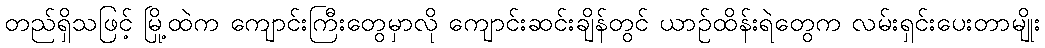
တည်ရှိသဖြင့် မြို့ထဲက ကျောင်းကြီးတွေမှာလို ကျောင်းဆင်းချိန်တွင် ယာဉ်ထိန်းရဲတွေက လမ်းရှင်းပေးတာမျိုး